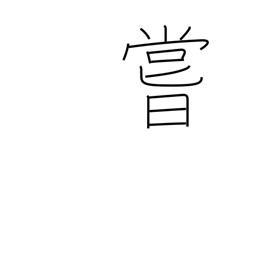
Meaning: ever